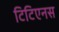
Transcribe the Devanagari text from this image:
टिटिएनस